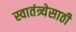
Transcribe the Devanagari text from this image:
स्वातंत्र्येसाठी